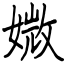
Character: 媺